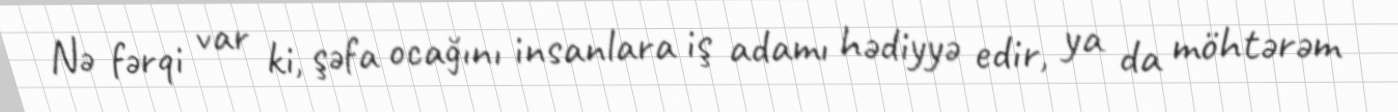
Nə fərqi var ki, şəfa ocağını insanlara iş adamı hədiyyə edir, ya da möhtərəm